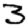
Digit: 3